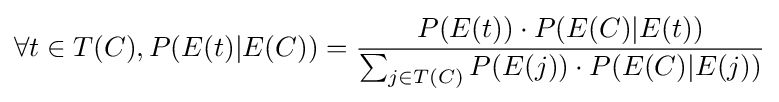
\forall t\in T(C),P(E(t)|E(C))={\frac {P(E(t))\cdot P(E(C)|E(t))}{\sum _{j\in T(C)}P(E(j))\cdot P(E(C)|E(j))}}